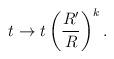
LaTeX: \begin{align*}t \rightarrow t \left( \frac {R'}{R} \right) ^k.\end{align*}